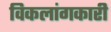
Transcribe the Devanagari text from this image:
विकलांगकारी